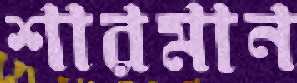
শারমান